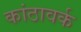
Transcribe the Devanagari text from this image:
कांठावर्क